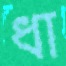
ধা